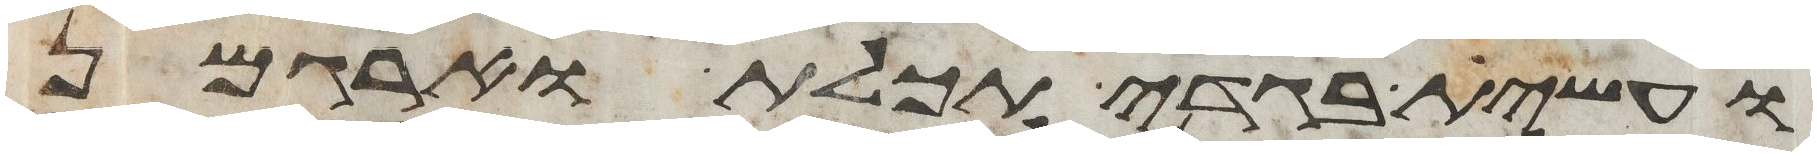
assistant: ועשית בגדי תכלת וארגמן